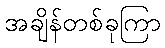
အချိန်တစ်ခုကြာ